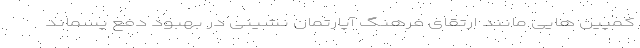
کمپین هایی مانند ارتقای فرهنگ آپارتمان‌ نشینی در بهبود دفع پسماند